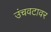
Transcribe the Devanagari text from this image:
उंचवटावर